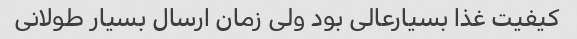
کیفیت غذا بسیارعالی بود ولی زمان ارسال بسیار طولانی